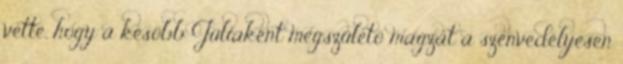
vette, hogy a késõbb Júliaként megszületõ magzat a szenvedélyesen